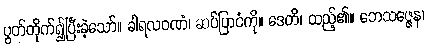
ပွတ်တိုက်၍ပြီးခဲ့သော်။ ခါရလဝဏံ၊ ဆပ်ပြာငံကို။ ဒေတိ၊ ထည့်၏။ ဘေသဇ္ဇေန၊